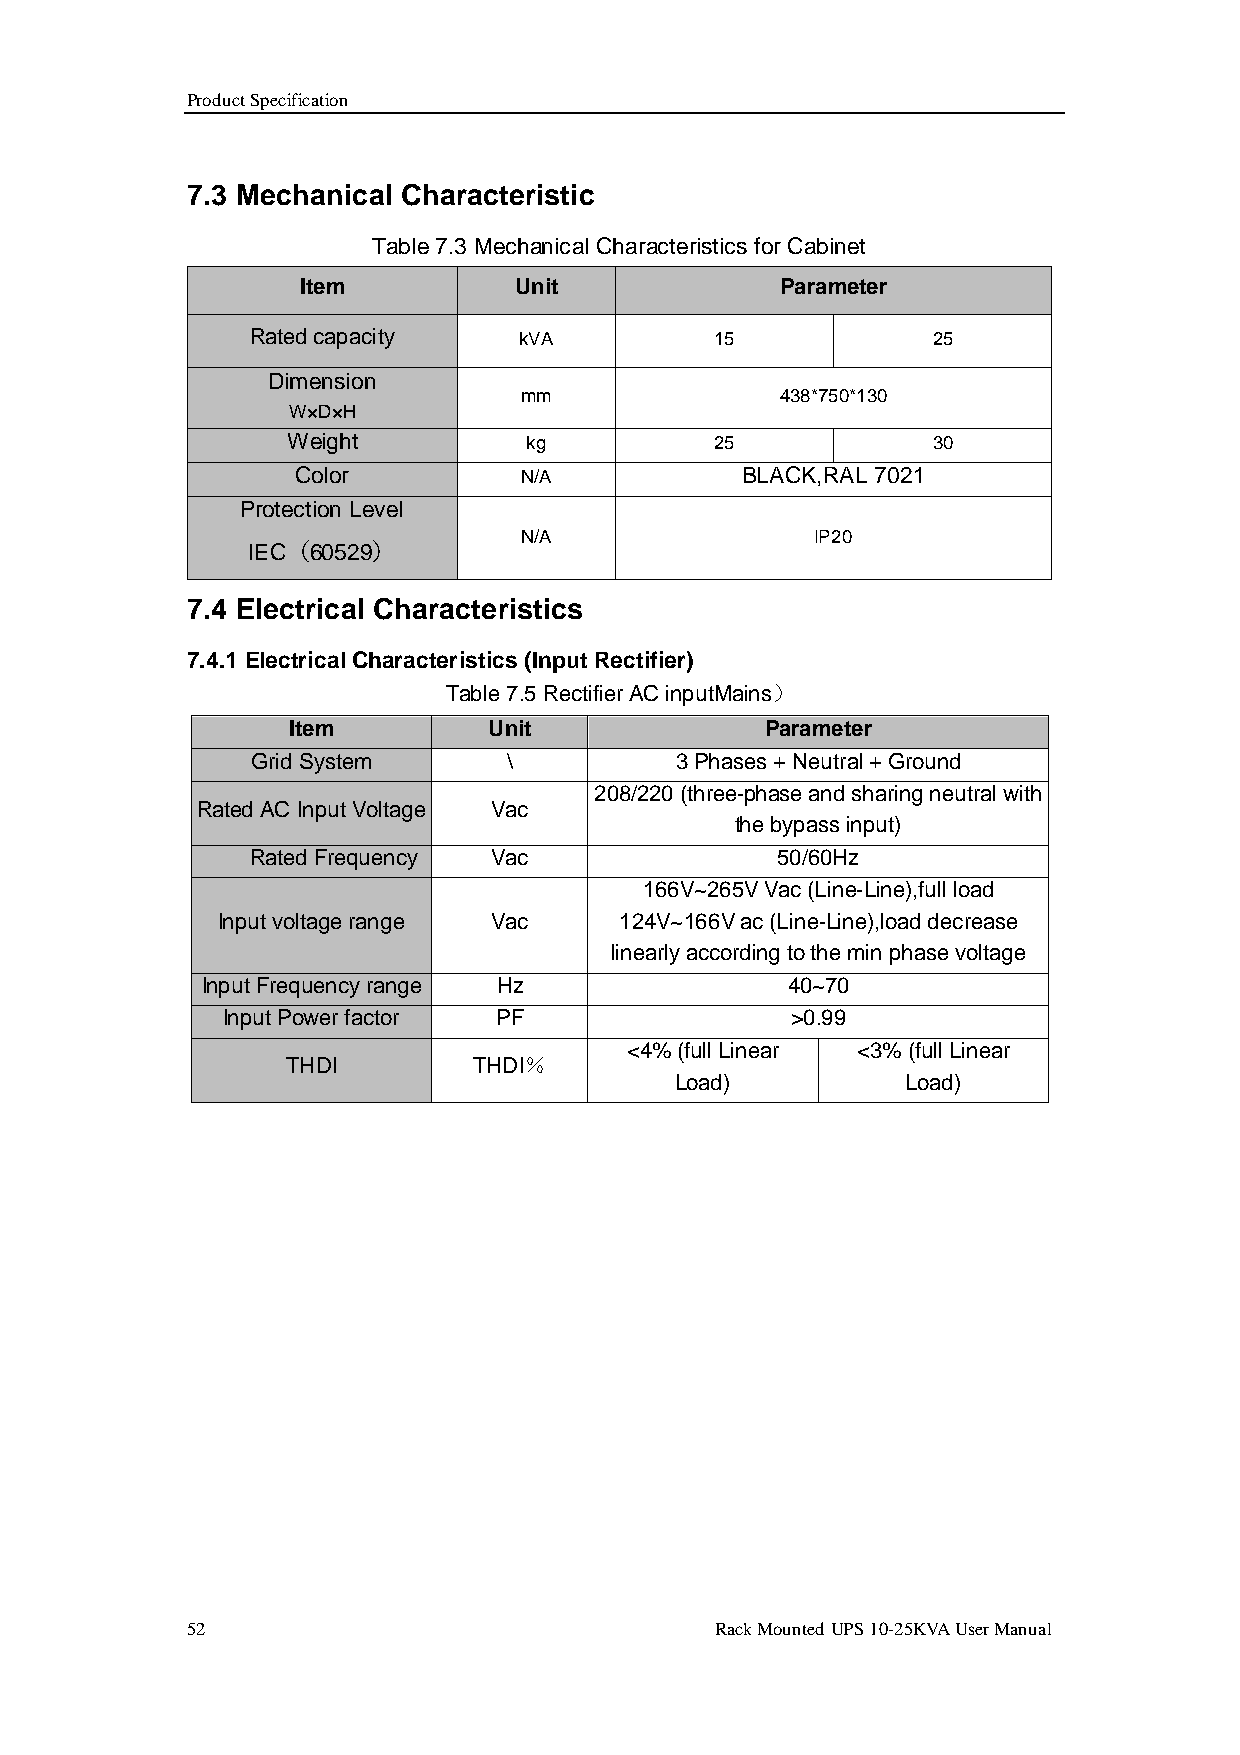
Product Specification
 7.3 Mechanical Characteristic
 Table 7.3 Mechanical Characteristics for Cabinet
 Item          Unit              Parameter
 Rated capacity   kVA          15             25
 Dimension
 mm                438*750*130
 W×D×H
 Weight          kg          25             30
 Color         N/A            BLACK,RAL 7021
 Protection Level
 N/A                 IP20
 IEC（60529）
 7.4 Electrical Characteristics
 7.4.1 Electrical Characteristics (Input Rectifier)
 Table 7.5 Rectifier AC inputMains）
 Item         Unit               Parameter
 Grid System      \          3 Phases + Neutral + Ground
 208/220 (three-phase and sharing neutral with
 Rated AC Input Voltage Vac
 the bypass input)
 Rated Frequency Vac               50/60Hz
 166V~265V Vac (Line-Line),full load
 Input voltage range Vac    124V~166V ac (Line-Line),load decrease
 linearly according to the min phase voltage
 Input Frequency range Hz               40~70
 Input Power factor PF                >0.99
 <4% (full Linear <3% (full Linear
 THDI        THDI％
 Load)          Load)
 52                                 Rack Mounted UPS 10-25KVA User Manual